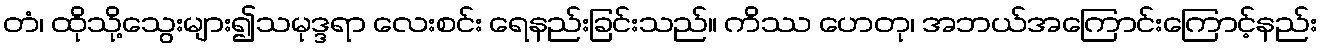
တံ၊ ထိုသို့သွေးများ၍သမုဒ္ဒရာ လေးစင်း ရေနည်းခြင်းသည်။ ကိဿ ဟေတု၊ အဘယ်အကြောင်းကြောင့်နည်း